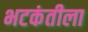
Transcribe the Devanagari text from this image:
भटकंतीला